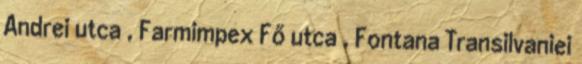
Andrei utca , Farmimpex Fő utca , Fontana Transilvaniei